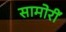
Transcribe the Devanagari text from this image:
सामोरीं